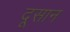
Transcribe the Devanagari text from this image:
दूसान